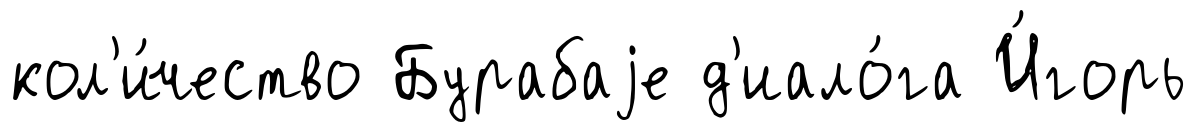
кол'и́чество Бурабаjе д'иало́га И́горь